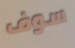
سوف